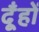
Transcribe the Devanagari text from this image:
दूँहों